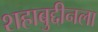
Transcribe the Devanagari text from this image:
शहाबुद्दीनला